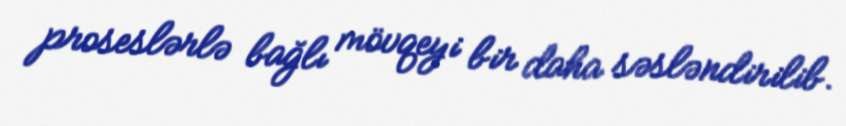
proseslərlə bağlı mövqeyi bir daha səsləndirilib.